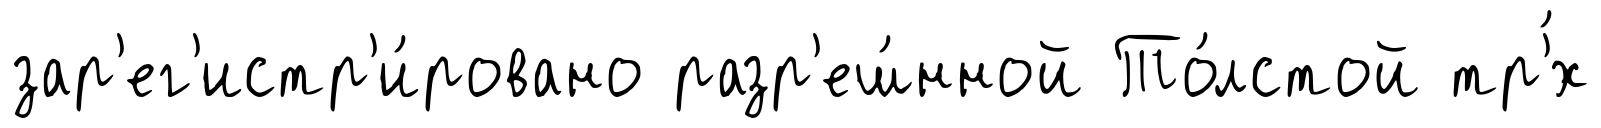
зар'ег'истр'и́ровано разр'еш́нной То́лстой тр'́х